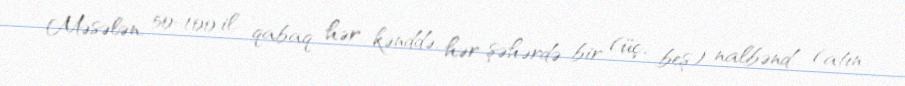
Məsələn, 50-100 il qabaq hər kənddə, hər şəhərdə bir (üç, beş) nalbənd (atın